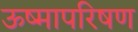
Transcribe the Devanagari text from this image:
ऊष्मापरिषण